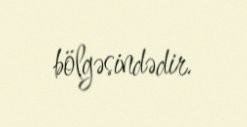
bölgəsindədir.